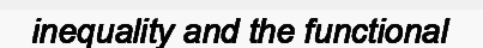
inequality and the functional